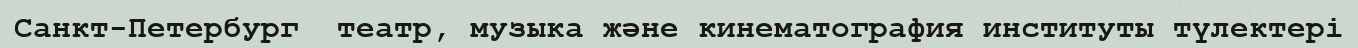
Санкт-Петербург  театр, музыка және кинематография институты түлектері